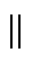
\parallel